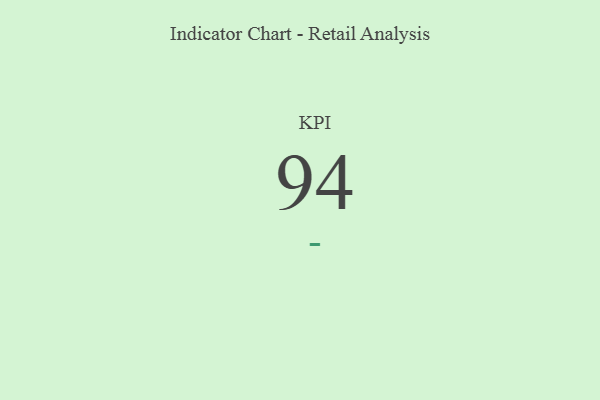
{"axis": {"x": "KPI", "y": "Value"}, "legend": [""], "data": [{"x": "KPI", "y": 94, "type": ""}]}